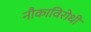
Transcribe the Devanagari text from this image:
नौकाविरोधी